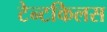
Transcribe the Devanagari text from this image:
टेन्टकिलस